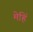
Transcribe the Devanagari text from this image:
मेहिं